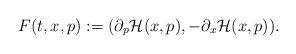
LaTeX: \begin{align*}F(t,x,p):=(\partial_p \mathcal{H}(x,p), -\partial_x \mathcal{H}(x,p)).\end{align*}